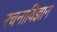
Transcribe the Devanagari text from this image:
रचनाविज्ञान